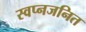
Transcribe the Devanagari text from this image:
स्वप्नजनित